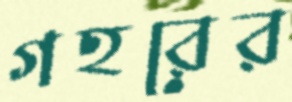
গহরের